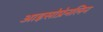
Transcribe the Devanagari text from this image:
आइसोप्रेनलिन